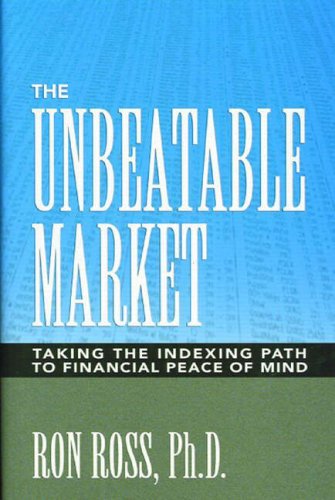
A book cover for The Unbeatable Market: Taking the Indexing Path to Financial Peace of Mind; Ron Ross  Ph.D; Business & Money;